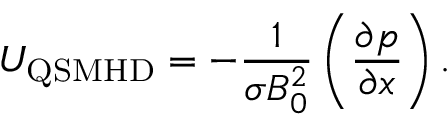
U _ { \mathrm { Q S M H D } } = - \frac { 1 } { \sigma B _ { 0 } ^ { 2 } } \left( \frac { \partial p } { \partial x } \right) .